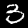
Label: 3